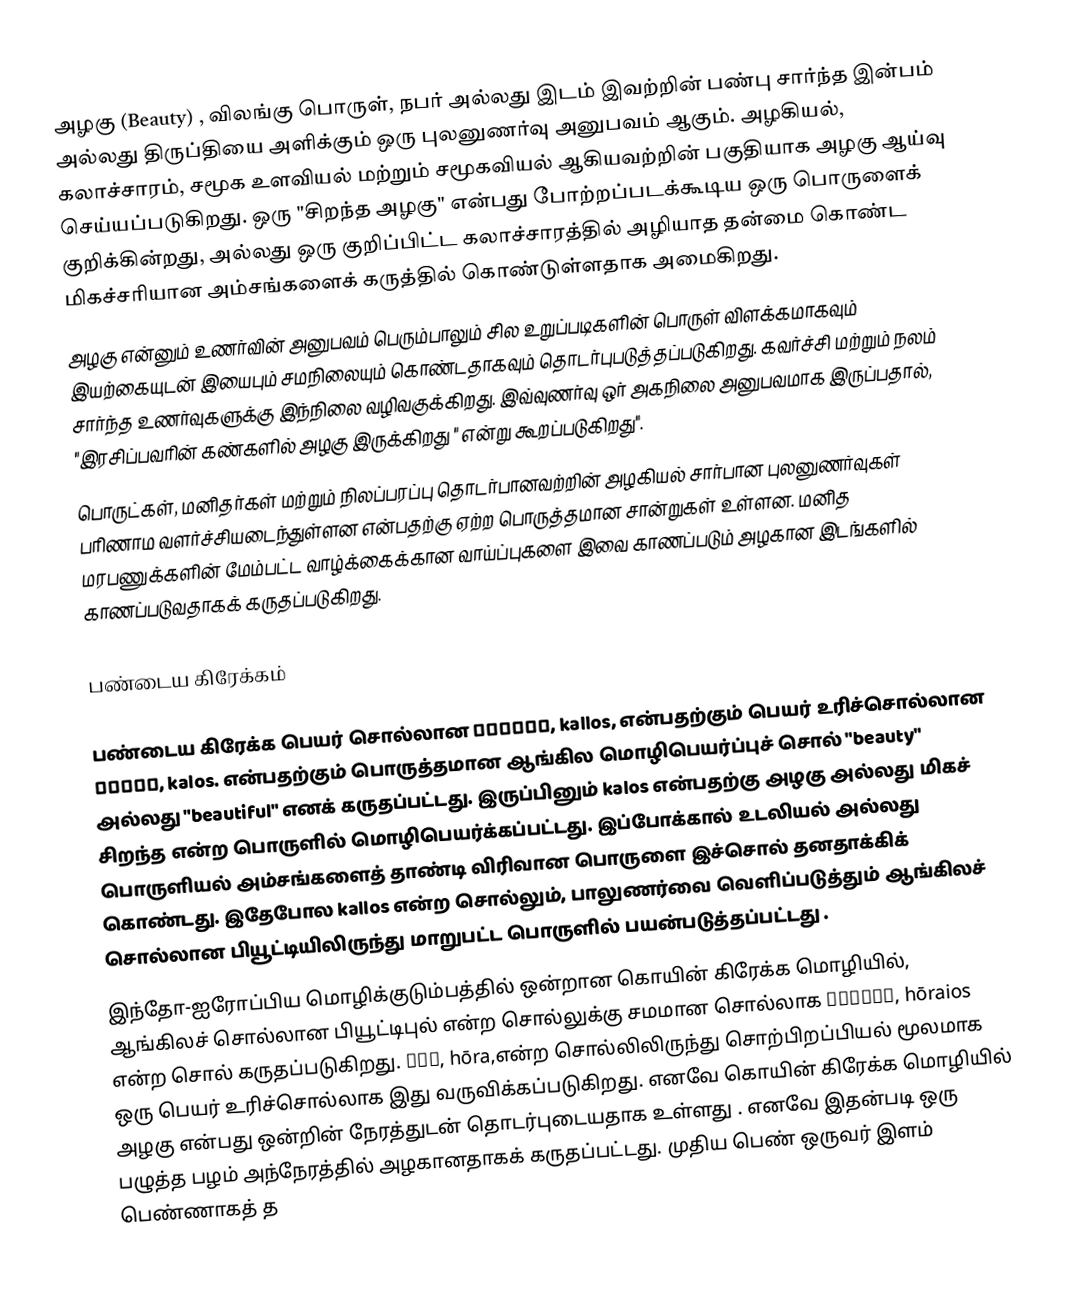
அழகு (Beauty) , விலங்கு பொருள், நபர் அல்லது இடம் இவற்றின் பண்பு சார்ந்த இன்பம் அல்லது திருப்தியை அளிக்கும் ஒரு புலனுணர்வு அனுபவம் ஆகும். அழகியல், கலாச்சாரம், சமூக உளவியல் மற்றும் சமூகவியல் ஆகியவற்றின் பகுதியாக அழகு ஆய்வு செய்யப்படுகிறது. ஒரு "சிறந்த அழகு" என்பது போற்றப்படக்கூடிய ஒரு பொருளைக்  குறிக்கின்றது, அல்லது ஒரு குறிப்பிட்ட கலாச்சாரத்தில் அழியாத தன்மை கொண்ட மிகச்சரியான அம்சங்களைக் கருத்தில் கொண்டுள்ளதாக அமைகிறது.
அழகு என்னும் உணர்வின் அனுபவம் பெரும்பாலும் சில உறுப்படிகளின் பொருள் விளக்கமாகவும் இயற்கையுடன் இயைபும் சமநிலையும் கொண்டதாகவும் தொடர்புபடுத்தப்படுகிறது. கவர்ச்சி மற்றும் நலம் சார்ந்த உணர்வுகளுக்கு இந்நிலை வழிவகுக்கிறது. இவ்வுணர்வு ஒர் அகநிலை அனுபவமாக இருப்பதால், "இரசிப்பவரின் கண்களில் அழகு இருக்கிறது " என்று கூறப்படுகிறது".
பொருட்கள், மனிதர்கள் மற்றும் நிலப்பரப்பு தொடர்பானவற்றின் அழகியல் சார்பான புலனுணர்வுகள் பரிணாம வளர்ச்சியடைந்துள்ளன என்பதற்கு ஏற்ற பொருத்தமான சான்றுகள் உள்ளன. மனித மரபணுக்களின் மேம்பட்ட வாழ்க்கைக்கான வாய்ப்புகளை இவை காணப்படும் அழகான இடங்களில் காணப்படுவதாகக் கருதப்படுகிறது.

பண்டைய கிரேக்கம்

பண்டைய கிரேக்க பெயர் சொல்லான κάλλος, kallos, என்பதற்கும் பெயர் உரிச்சொல்லான καλός, kalos. என்பதற்கும் பொருத்தமான ஆங்கில மொழிபெயர்ப்புச் சொல் "beauty" அல்லது "beautiful" எனக் கருதப்பட்டது. இருப்பினும் kalos என்பதற்கு அழகு அல்லது மிகச் சிறந்த என்ற பொருளில் மொழிபெயர்க்கப்பட்டது. இப்போக்கால் உடலியல் அல்லது பொருளியல் அம்சங்களைத் தாண்டி விரிவான பொருளை இச்சொல் தனதாக்கிக் கொண்டது. இதேபோல kallos என்ற சொல்லும், பாலுணர்வை வெளிப்படுத்தும் ஆங்கிலச் சொல்லான பியூட்டியிலிருந்து மாறுபட்ட பொருளில் பயன்படுத்தப்பட்டது .
இந்தோ-ஐரோப்பிய மொழிக்குடும்பத்தில் ஒன்றான கொயின் கிரேக்க மொழியில், ஆங்கிலச் சொல்லான பியூட்டிபுல் என்ற சொல்லுக்கு சமமான சொல்லாக  ὡραῖος, hōraios என்ற சொல் கருதப்படுகிறது. ὥρα, hōra,என்ற சொல்லிலிருந்து சொற்பிறப்பியல் மூலமாக ஒரு பெயர் உரிச்சொல்லாக இது வருவிக்கப்படுகிறது. எனவே கொயின் கிரேக்க மொழியில் அழகு என்பது ஒன்றின் நேரத்துடன் தொடர்புடையதாக உள்ளது . எனவே இதன்படி ஒரு பழுத்த பழம் அந்நேரத்தில் அழகானதாகக் கருதப்பட்டது. முதிய பெண் ஒருவர் இளம் பெண்ணாகத் த